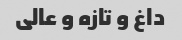
داغ و تازه و عالی